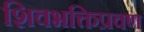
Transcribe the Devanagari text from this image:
शिवभक्तिप्रवण